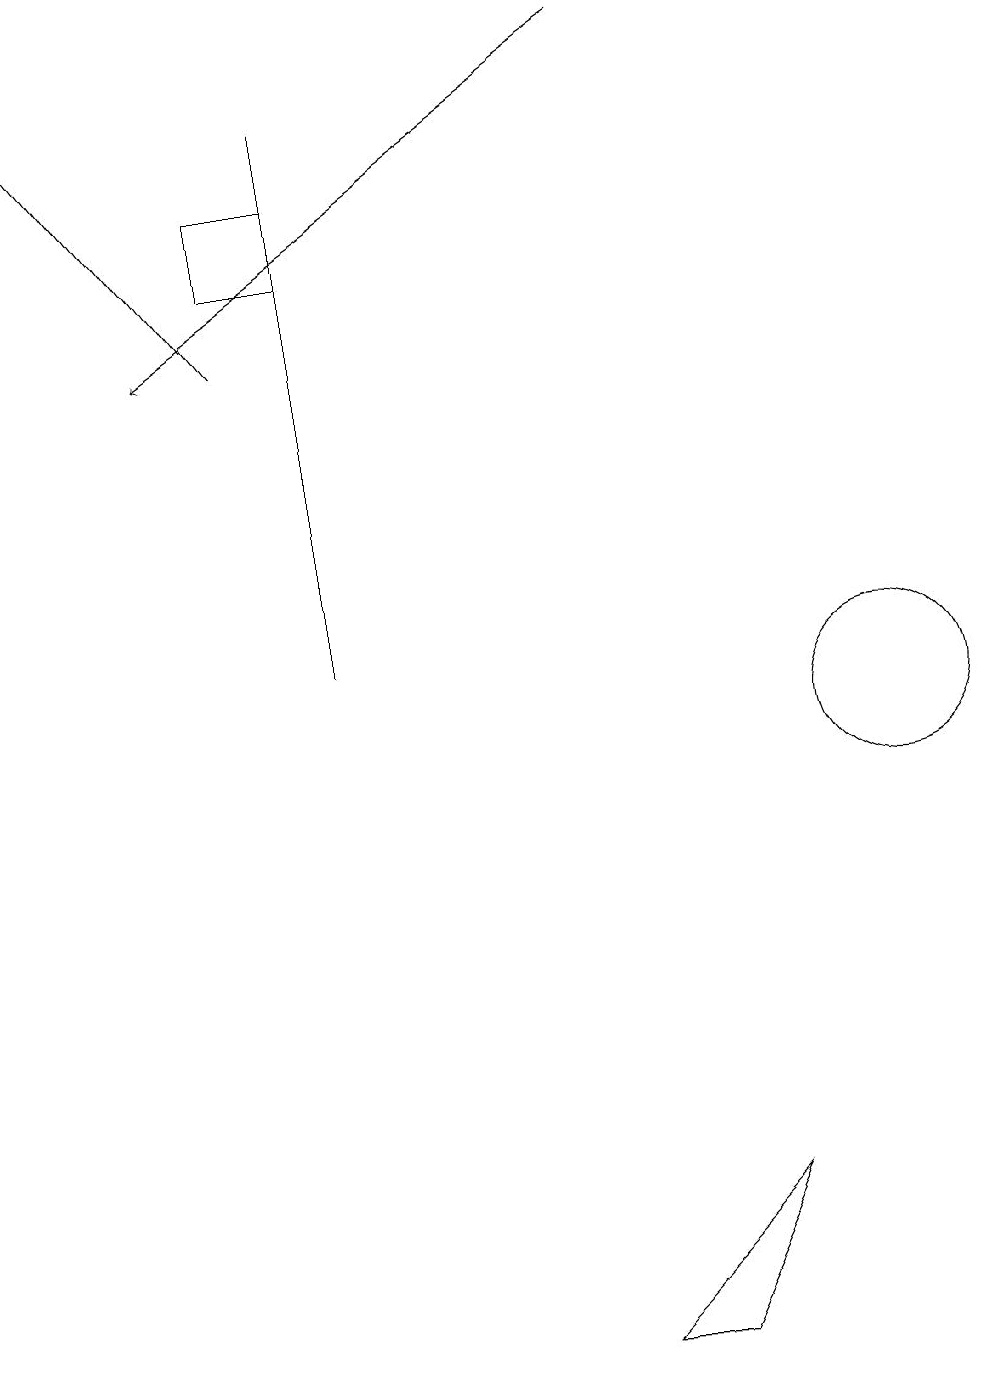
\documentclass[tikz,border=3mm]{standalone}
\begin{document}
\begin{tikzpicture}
\draw (4,11) rectangle (4,18);
\draw[->] (8,19) -- (2,15);
\draw (7,2) -- (8,2) -- (9,4) -- cycle;
\draw (11,10) circle (1);
\draw[->] (3,15) -- (0,19);
\draw (3,16) rectangle (4,17);
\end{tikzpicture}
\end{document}